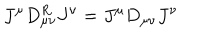
J ^ { \mu } D _ { \mu \nu } ^ { R } J ^ { \nu } = J ^ { \mu } D _ { \mu \nu } J ^ { \nu }